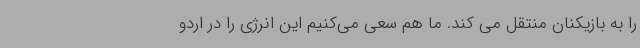
را به بازیکنان منتقل می کند. ما هم سعی می‌کنیم این انرژی را در اردو